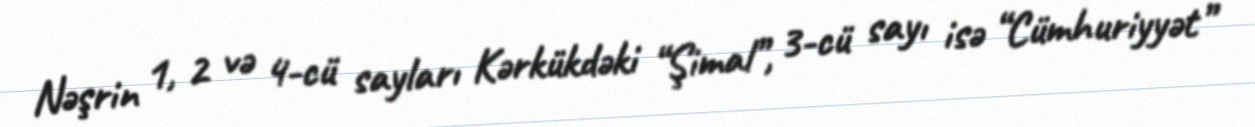
Nəşrin 1, 2 və 4-cü sayları Kərkükdəki “Şimal”, 3-cü sayı isə “Cümhuriyyət”